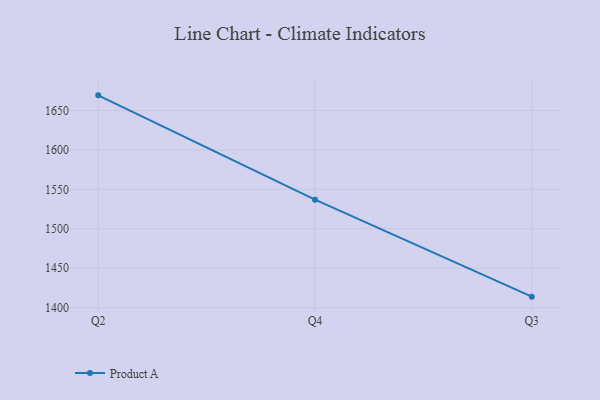
{"axis": {"x": "Quarter", "y": "Shipments"}, "legend": ["Product A"], "data": [{"x": "Q2", "y": 1669.2, "type": "Product A"}, {"x": "Q4", "y": 1536.9, "type": "Product A"}, {"x": "Q3", "y": 1413.9, "type": "Product A"}]}